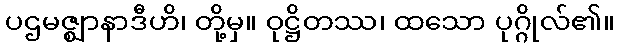
ပဌမဇ္ဈာနာဒီဟိ၊ တို့မှ။ ဝုဋ္ဌိတဿ၊ ထသော ပုဂ္ဂိုလ်၏။